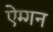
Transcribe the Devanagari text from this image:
ऐम्गन